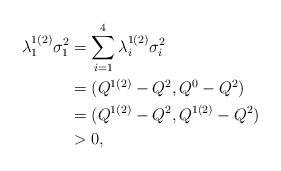
LaTeX: \begin{align*}\lambda^{1(2)}_1\sigma^2_1&=\sum_{i=1}^4\lambda^{1(2)}_i\sigma^2_i\\&=(Q^{1(2)}-Q^2,Q^0-Q^2)\\&=(Q^{1(2)}-Q^2,Q^{1(2)}-Q^2)\\&>0,\end{align*}